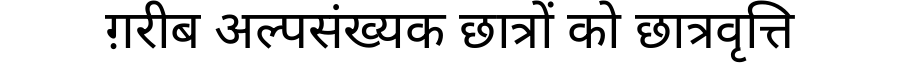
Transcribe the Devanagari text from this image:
ग़रीब अल्पसंख्यक छात्रों को छात्रवृत्ति